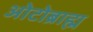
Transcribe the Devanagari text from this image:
ओटोब्राह्म